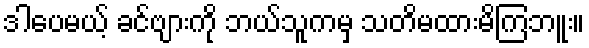
ဒါပေမယ့် ခင်ဗျားကို ဘယ်သူကမှ သတိမထားမိကြဘူး။